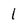
Character: 1